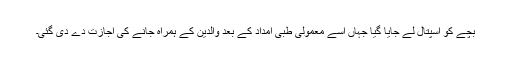
بچے کو اسپتال لے جایا گیا جہاں اسے معمولی طبی امداد کے بعد والدین کے ہمراہ جانے کی اجازت دے دی گئی۔